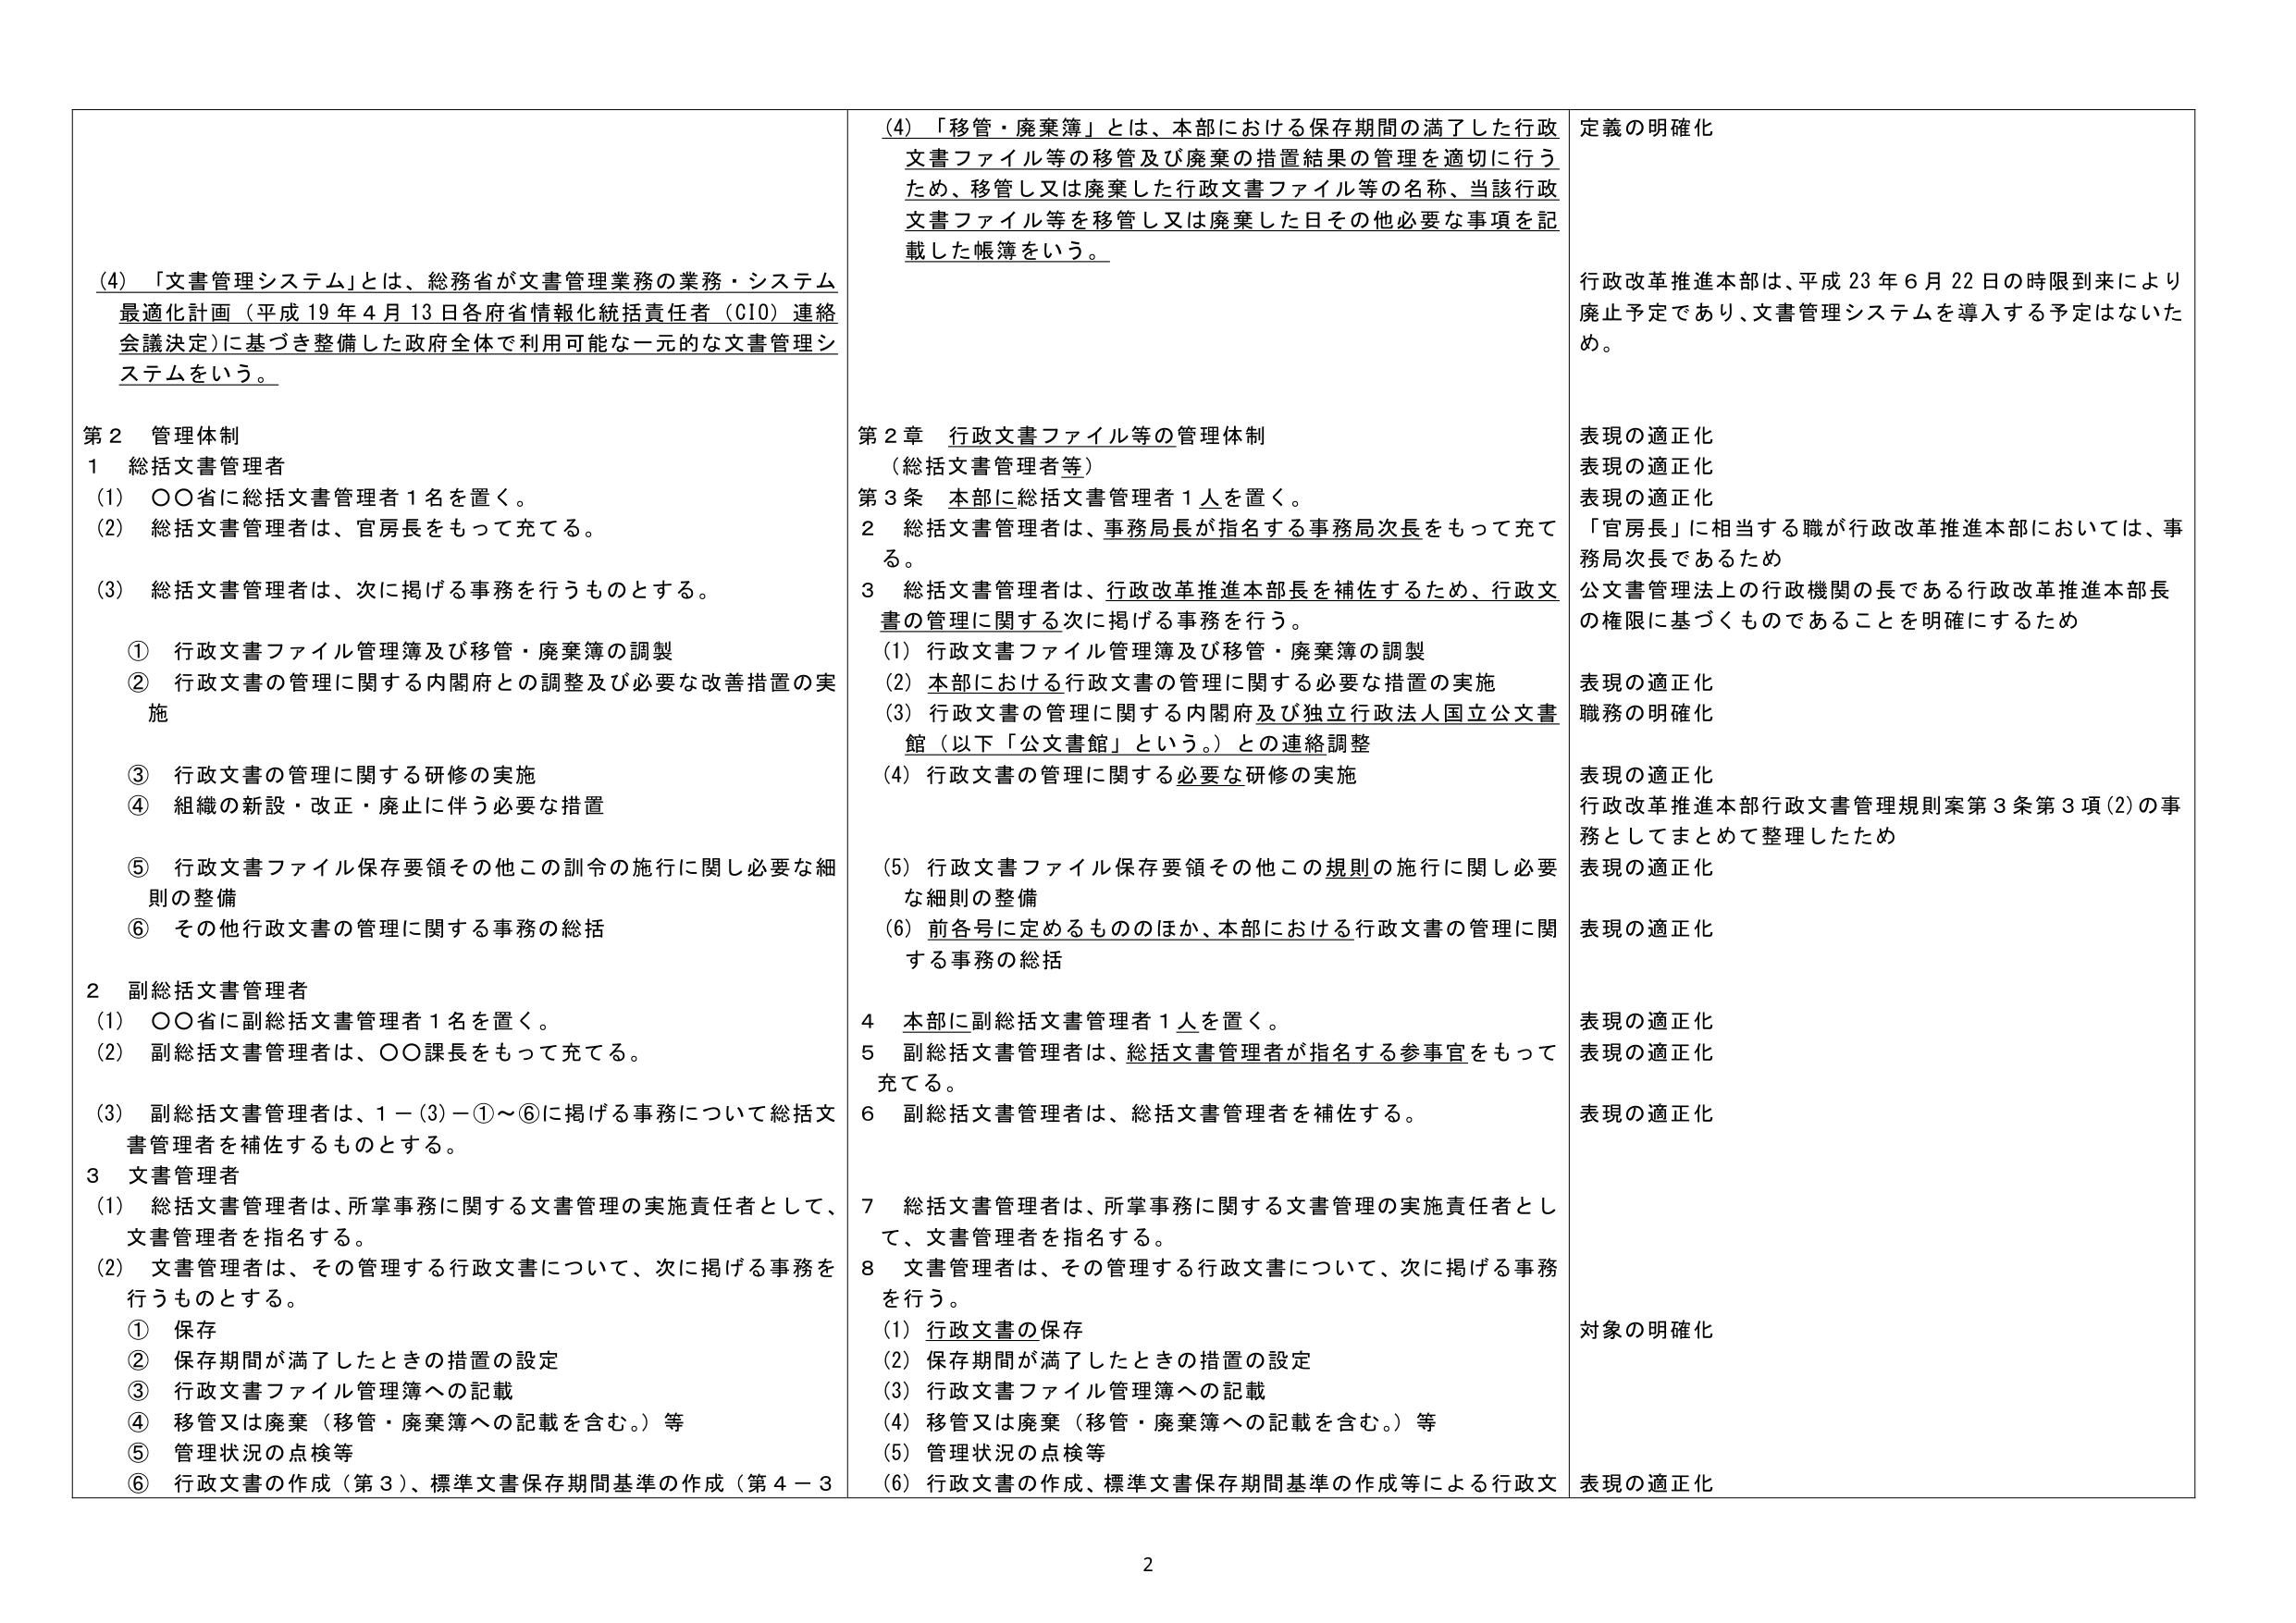
(4) 「文書管理システム」とは、総務省が文書管理業務の業務・システム最適化計画（平成19年4月13日各府省情報化統括責任者（CIO）連絡会議決定）に基づき整備した政府全体で利用可能な一元的な文書管理システムをいう。

第2 管理体制
1 総括文書管理者
(1) ○○省に総括文書管理者1名を置く。
(2) 総括文書管理者は、官房長をもって充てる。
(3) 総括文書管理者は、次に掲げる事務を行うものとする。
① 行政文書ファイル管理簿及び移管・廃棄簿の調製
② 行政文書の管理に関する内閣府との調整及び必要な改善措置の実施
③ 行政文書の管理に関する研修の実施
④ 組織の新設・改正・廃止に伴う必要な措置
⑤ 行政文書ファイル保存要領その他この訓令の施行に関し必要な細則の整備
⑥ その他行政文書の管理に関する事務の総括

2 副総括文書管理者
(1) ○○省に副総括文書管理者1名を置く。
(2) 副総括文書管理者は、○○課長をもって充てる。
(3) 副総括文書管理者は、1－(3)－①～⑥に掲げる事務について総括文書管理者を補佐するものとする。

3 文書管理者
(1) 総括文書管理者は、所掌事務に関する文書管理の実施責任者として、文書管理者を指名する。
(2) 文書管理者は、その管理する行政文書について、次に掲げる事務を行うものとする。
① 保存
② 保存期間が満了したときの措置の設定
③ 行政文書ファイル管理簿への記載
④ 移管又は廃棄（移管・廃棄簿への記載を含む。）等
⑤ 管理状況の点検等
⑥ 行政文書の作成（第3）、標準文書保存期間基準の作成（第4－3

(4) 「移管・廃棄簿」とは、本部における保存期間の満了した行政文書ファイル等の移管及び廃棄の措置結果の管理を適切に行うため、移管し又は廃棄した行政文書ファイル等の名称、当該行政文書ファイル等を移管し又は廃棄した日その他必要な事項を記載した帳簿をいう。

第2章 行政文書ファイル等の管理体制
（総括文書管理者等）
第3条 本部に総括文書管理者1人を置く。
2 総括文書管理者は、事務局長が指名する事務局次長をもって充てる。
3 総括文書管理者は、行政改革推進本部長を補佐するため、行政文書の管理に関する次に掲げる事務を行う。
(1) 行政文書ファイル管理簿及び移管・廃棄簿の調製
(2) 本部における行政文書の管理に関する必要な措置の実施
(3) 行政文書の管理に関する内閣府及び独立行政法人国立公文書館（以下「公文書館」という。）との連絡調整
(4) 行政文書の管理に関する必要な研修の実施
(5) 行政文書ファイル保存要領その他この規則の施行に関し必要な細則の整備
(6) 前各号に定めるもののほか、本部における行政文書の管理に関する事務の総括

4 本部に副総括文書管理者1人を置く。
5 副総括文書管理者は、総括文書管理者が指名する参事官をもって充てる。
6 副総括文書管理者は、総括文書管理者を補佐する。

7 総括文書管理者は、所掌事務に関する文書管理の実施責任者として、文書管理者を指名する。
8 文書管理者は、その管理する行政文書について、次に掲げる事務を行う。
(1) 行政文書の保存
(2) 保存期間が満了したときの措置の設定
(3) 行政文書ファイル管理簿への記載
(4) 移管又は廃棄（移管・廃棄簿への記載を含む。）等
(5) 管理状況の点検等
(6) 行政文書の作成、標準文書保存期間基準の作成等による行政文

定義の明確化
行政改革推進本部は、平成23年6月22日の時限到来により廃止予定であり、文書管理システムを導入する予定はないため。

表現の適正化
表現の適正化
表現の適正化
「官房長」に相当する職が行政改革推進本部においては、事務局次長であるため
公文書管理法上の行政機関の長である行政改革推進本部長の権限に基づくものであることを明確にするため

表現の適正化
職務の明確化

表現の適正化
行政改革推進本部行政文書管理規則案第3条第3項(2)の事務としてまとめて整理したため

表現の適正化
表現の適正化

表現の適正化
表現の適正化

表現の適正化

対象の明確化

表現の適正化

2